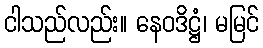
ငါသည်လည်း။ နေဝဒိဋ္ဌံ၊ မမြင်